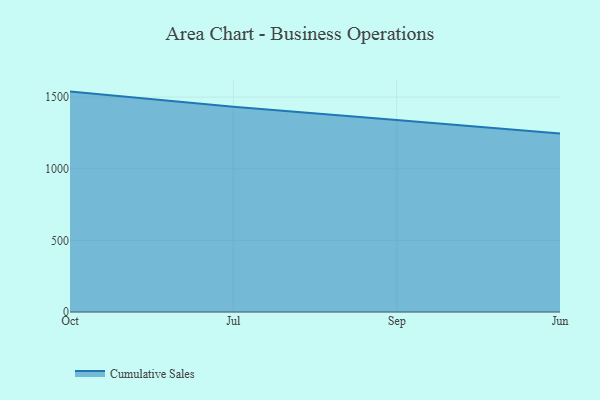
{"axis": {"x": "Month", "y": "Market Share (%)"}, "legend": ["Cumulative Sales"], "data": [{"x": "Oct", "y": 1538.7, "type": "Cumulative Sales"}, {"x": "Jul", "y": 1433.0, "type": "Cumulative Sales"}, {"x": "Sep", "y": 1339.9, "type": "Cumulative Sales"}, {"x": "Jun", "y": 1245.7, "type": "Cumulative Sales"}]}